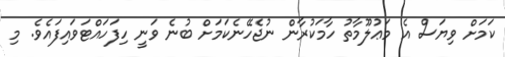
ކަމަށް ވިޔަސް އެ މަޢުލޫމާތު ހާމަކުރާން ނުޖެހޭނެކަމަށް ބުނެ ވަނީ ހިފަހައްޓަވައިފައެވެ. މި